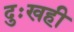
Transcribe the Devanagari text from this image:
दुःखही